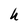
Character: h